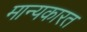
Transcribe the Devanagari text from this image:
मान्यकारत